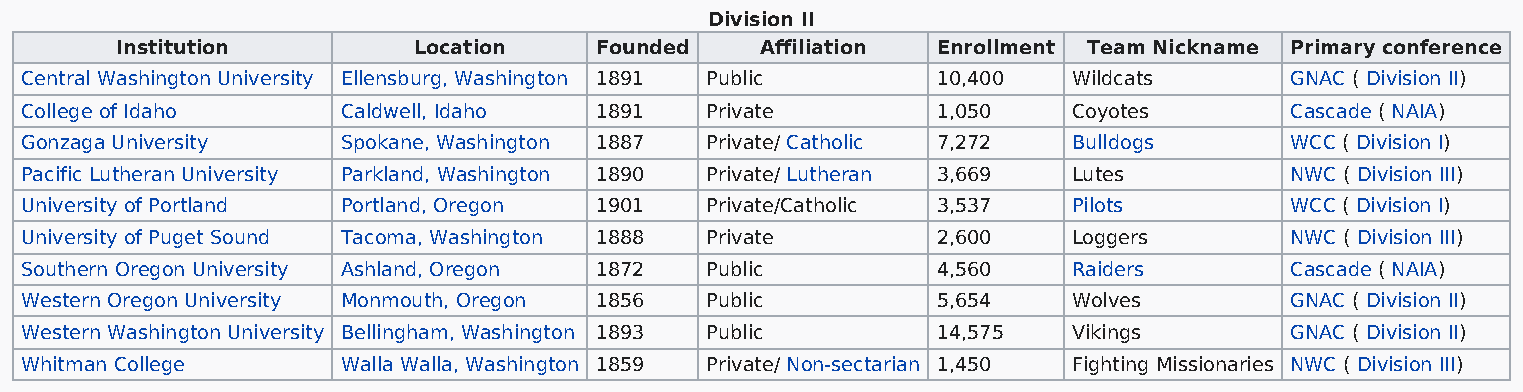
Division II
 Institution        Location    Founded    Affiliation Enrollment Team Nickname Primary conference
 Central Washington University Ellensburg, Washington 1891 Public 10,400 Wildcats    GNAC ( Division II)
 College of Idaho      Caldwell, Idaho 1891    Private        1,050    Coyotes       Cascade ( NAIA)
 Gonzaga University    Spokane, Washington 1887 Private/ Catholic 7,272 Bulldogs     WCC ( Division I)
 Pacific Lutheran University Parkland, Washington 1890 Private/ Lutheran 3,669 Lutes NWC ( Division III)
 University of Portland Portland, Oregon 1901  Private/Catholic 3,537  Pilots        WCC ( Division I)
 University of Puget Sound Tacoma, Washington 1888 Private    2,600    Loggers       NWC ( Division III)
 Southern Oregon University Ashland, Oregon 1872 Public       4,560    Raiders       Cascade ( NAIA)
 Western Oregon University Monmouth, Oregon 1856 Public       5,654    Wolves        GNAC ( Division II)
 Western Washington University Bellingham, Washington 1893 Public 14,575 Vikings     GNAC ( Division II)
 Whitman College       Walla Walla, Washington 1859 Private/ Non-sectarian 1,450 Fighting Missionaries NWC ( Division III)